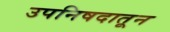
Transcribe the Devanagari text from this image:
उपनिषदातून